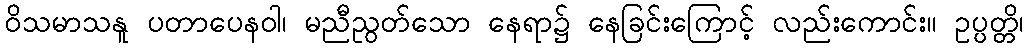
ဝိသမာသနူ ပတာပေနဝါ၊ မညီညွတ်သော နေရာ၌ နေခြင်းကြောင့် လည်းကောင်း။ ဥပ္ပတ္တိ၊